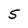
Character: 5